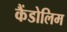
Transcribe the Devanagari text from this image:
कैंडोलिम